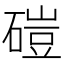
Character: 磑